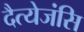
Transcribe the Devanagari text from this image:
दैत्येजंसि